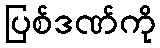
ပြစ်ဒဏ်ကို